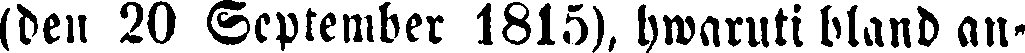
lden 20 September 1815), hwaruti bland an-